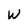
Character: w